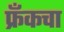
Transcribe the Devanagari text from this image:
फ्रँकचा